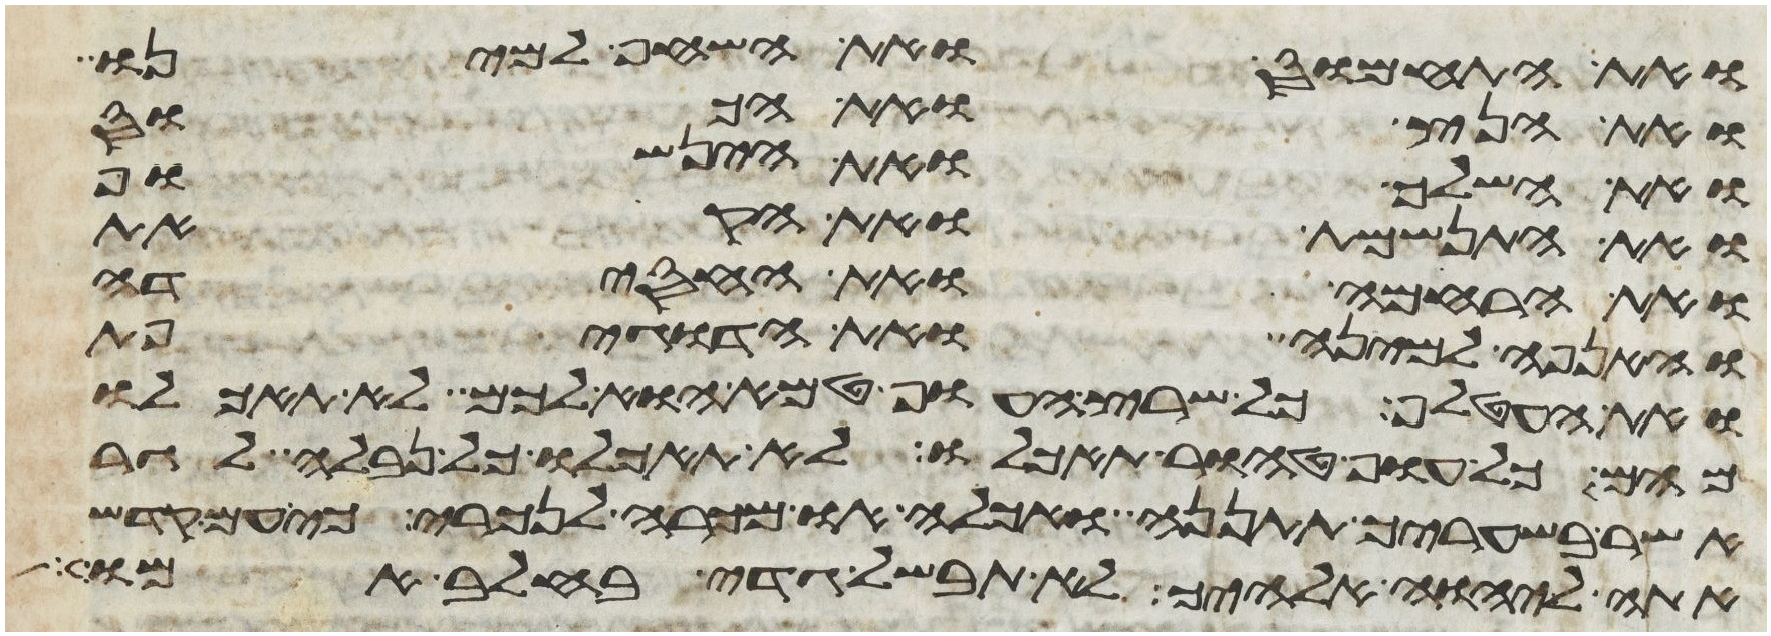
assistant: ואת התחמוס ואת השחף למינו
ואת הנץ ואת הכוס
ואת השלך ואת הינשוף
ואת התנשמת ואת הקאת
ואת הרחמה ואת החסידה
והאנפה למינה ואת הדגיפת
ואת העטלף כל שרץ העוף טמא הוא לכם לא תאכלו
מהם כל עוף טהור תאכלו לא תאכלו כל נבלה לגר
אשר בשעריך תתננה ואכלה או מכרה לנכרי כי עם קדש
אתה ליהוה אלהיך לא תבשל גדי בחלב אמו